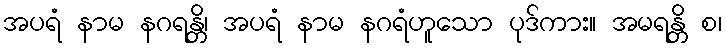
အပရံ နာမ နဂရန္တိ၊ အပရံ နာမ နဂရံဟူသော ပုဒ်ကား။ အမရန္တိ စ၊